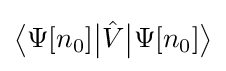
{\big \langle }\Psi [n_{0}]{\big |}{\hat {V}}{\big |}\Psi [n_{0}]{\big \rangle }